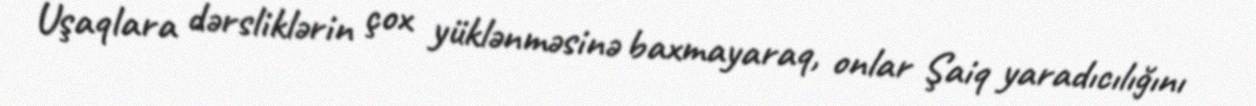
Uşaqlara dərsliklərin çox yüklənməsinə baxmayaraq, onlar Şaiq yaradıcılığını